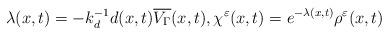
LaTeX: \begin{align*} \lambda(x,t) = -k_d^{-1}d(x,t)\overline{V_\Gamma}(x,t), \chi^\varepsilon(x,t) = e^{-\lambda(x,t)}\rho^\varepsilon(x,t) \end{align*}